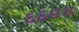
દદવસ